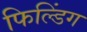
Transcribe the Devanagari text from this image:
फिल्डिंग